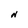
Character: N